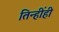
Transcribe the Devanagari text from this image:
तिन्हींही